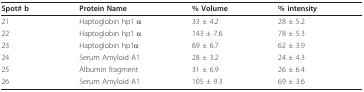
<table><thead><tr><td><b>Spot# b</b></td><td><b>Protein Name</b></td><td><b>% Volume</b></td><td><b>% intensity</b></td></tr></thead><tbody><tr><td>21</td><td>Haptoglobin hp1 α</td><td>33 ± 4.2</td><td>28 ± 5.2</td></tr><tr><td>22</td><td>Haptoglobin hp1 α</td><td>143 ± 7.6</td><td>78 ± 5.3</td></tr><tr><td>23</td><td>Haptoglobin hp1α</td><td>69 ± 6.7</td><td>62 ± 3.9</td></tr><tr><td>24</td><td>Serum Amyloid A1</td><td>28 ± 3.2</td><td>24 ± 4.3</td></tr><tr><td>25</td><td>Albumin fragment</td><td>31 ± 6.9</td><td>26 ± 6.4</td></tr><tr><td>26</td><td>Serum Amyloid A1</td><td>105 ± 9.3</td><td>69 ± 3.6</td></tr></tbody></table>